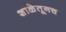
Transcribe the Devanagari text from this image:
शाळेतूनच